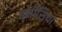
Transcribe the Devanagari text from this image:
बर्नीसिया